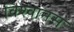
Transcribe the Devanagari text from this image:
विश्‍वानस